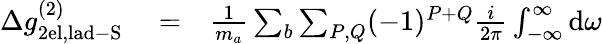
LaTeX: \begin{array}{rlr}{\Delta g_{\mathrm{2el,lad-S}}^{(2)}}&{{}=}&{\frac{1}{m_{a}}\sum_{b}\sum_{P,Q}(-1)^{P+Q}\frac{i}{2\pi}\int_{-\infty}^{\infty}\mathrm{d}\omega}\end{array}